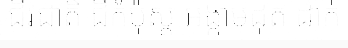
ជីវជាតិ ជីកំប៉ុស្ត អង្កាមដុត ដាក់